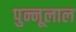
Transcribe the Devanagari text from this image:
पुन्नूलाल